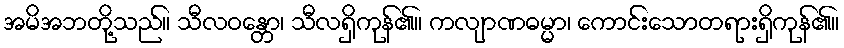
အမိအဘတို့သည်။ သီလဝန္တော၊ သီလရှိကုန်၏။ ကလျာဏဓမ္မာ၊ ကောင်းသောတရားရှိကုန်၏။